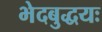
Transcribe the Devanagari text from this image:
भेदबुद्धयः